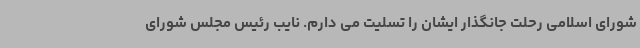
شورای اسلامی رحلت جانگذار ایشان را تسلیت می دارم. نایب رئیس مجلس شورای